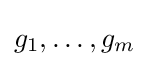
g_{1},\dots ,g_{m}